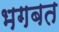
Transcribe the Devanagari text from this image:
भगबत